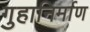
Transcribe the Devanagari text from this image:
गुहानिर्माण